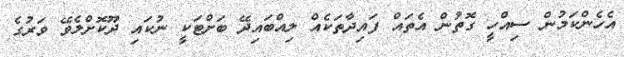
އެހެންކަމުން ސިއްހީ ގޮތުން އެތައް ފައިދާތަކެއް ލިއްބައިދޭ ބަށްޓަކީ ނުކައި ދޫކޮށްލެވޭ ވަރުގެ